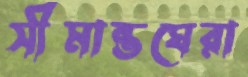
সীমান্তঘেরা